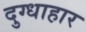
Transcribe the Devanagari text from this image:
दुग्धाहार